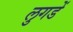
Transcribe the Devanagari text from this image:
लुगडें